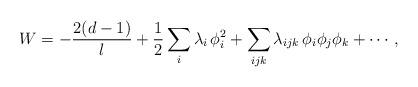
LaTeX: \begin{align*}W=-\frac{2(d-1)}{l}+{1\over 2}\sum_i \lambda_i\,\phi_i^2 +\sum_{ijk}\lambda_{ijk}\,\phi_i\phi_j\phi_k+\cdots,\end{align*}